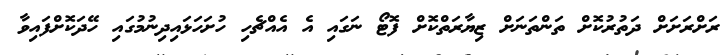
ރަށްރަށަށް ދަތުރުކޮށް ތަންތަނަށް ޒިޔާރަތްކޮށް ފޮޓޯ ނަގައި އެ އެއްޗެހި ހުށަހަޅައިދިނުމުގައި ހޭދަކޮށްފައިވާ